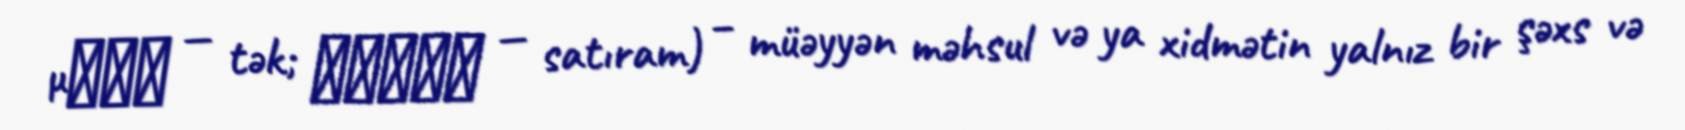
μονο — tək; πωλέω — satıram) – müəyyən məhsul və ya xidmətin yalnız bir şəxs və